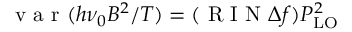
\mathrm { ~ v ~ a ~ r ~ } ( h \nu _ { 0 } B ^ { 2 } / T ) = ( \mathrm { ~ R ~ I ~ N ~ } \Delta f ) P _ { \mathrm { L O } } ^ { 2 }